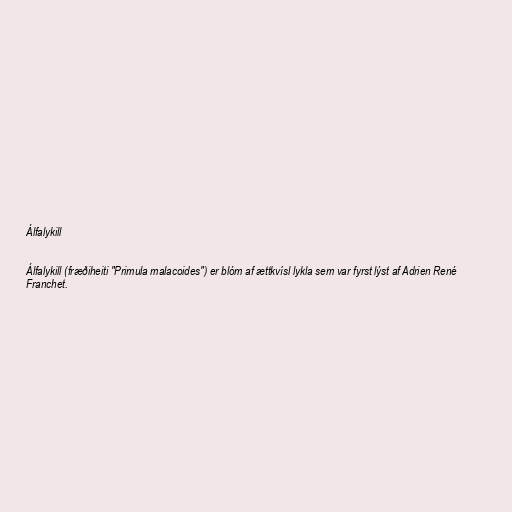
Álfalykill

Álfalykill (fræðiheiti "Primula malacoides") er blóm af ættkvísl lykla sem var fyrst lýst af Adrien René
Franchet.